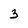
Character: 3